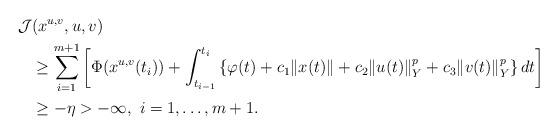
LaTeX: \begin{align*}\mathcal{J}&(x^{u,v}, u, v)\\&\geq\sum\limits_{i=1}^{m+1}\left[\Phi (x^{u,v}(t_i))+ \int_{t_{i-1}}^{t_i}\left\lbrace\varphi(t) + c_1\|x(t)\| + c_2\|u(t)\|_{Y}^{p} + c_3\|v(t)\|_{Y}^{p}\right\rbrace dt\right]\\&\geq -\eta>-\infty,~ i=1,\ldots,m+1.\end{align*}